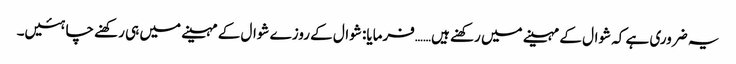
یہ ضروری ہے کہ شوال کے مہینے میں رکھنے ہیں……فرمایا: شوال کے روزے شوال کے مہینے میں ہی رکھنے چاہئیں۔